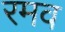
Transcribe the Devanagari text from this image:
रमव